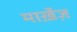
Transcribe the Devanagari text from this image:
मार्ख़ेज़